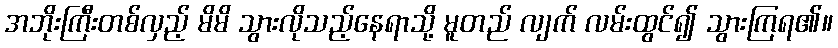
အဘိုးကြီးတစ်လှည့် မိမိ သွားလိုသည့်နေရာသို့ မူတည် လျက် လမ်းထွင်၍ သွားကြရ၏။